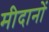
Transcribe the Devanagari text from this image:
मीदानों